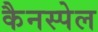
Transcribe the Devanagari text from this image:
कैनस्पेल